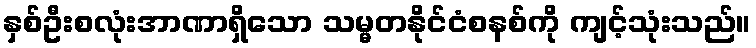
နှစ်ဦးစလုံးအာဏာရှိသော သမ္မတနိုင်ငံစနစ်ကို ကျင့်သုံးသည်။